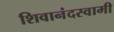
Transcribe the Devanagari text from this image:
शिवानंदस्वामी